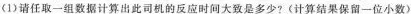
(1)请任取一组数据计算出此司机的反应时间大致是多少?(计算结果保留一位小数)